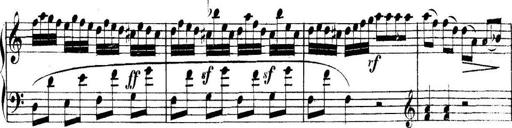
Title: Collected Piano Sonatas
Composer: Muzio Clementi